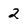
Character: 2